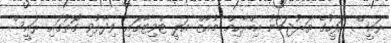
ރައީސް އޮފީހުގެ ތަރުޖަމާނު އިބްރާހިމް މުއާޒް އަލީ ޓްވިޓާގައި ވިދާޅުވި ގޮތުގައި ރައީސް